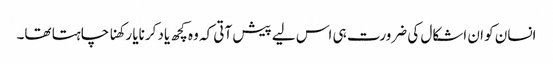
انسان کو ان اشکال کی ضرورت ہی اس لیے پیش آتی کہ وہ کچھ یاد کرنایا رکھنا چاہتا تھا۔